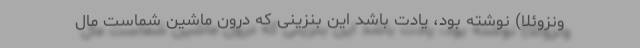
ونزوئلا) نوشته بود، یادت باشد این بنزینی که درون ماشین شماست مال